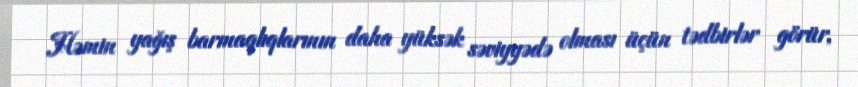
Həmin yağış barmaqlıqlarının daha yüksək səviyyədə olması üçün tədbirlər görür,